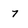
Character: 7